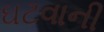
ઘટવાની